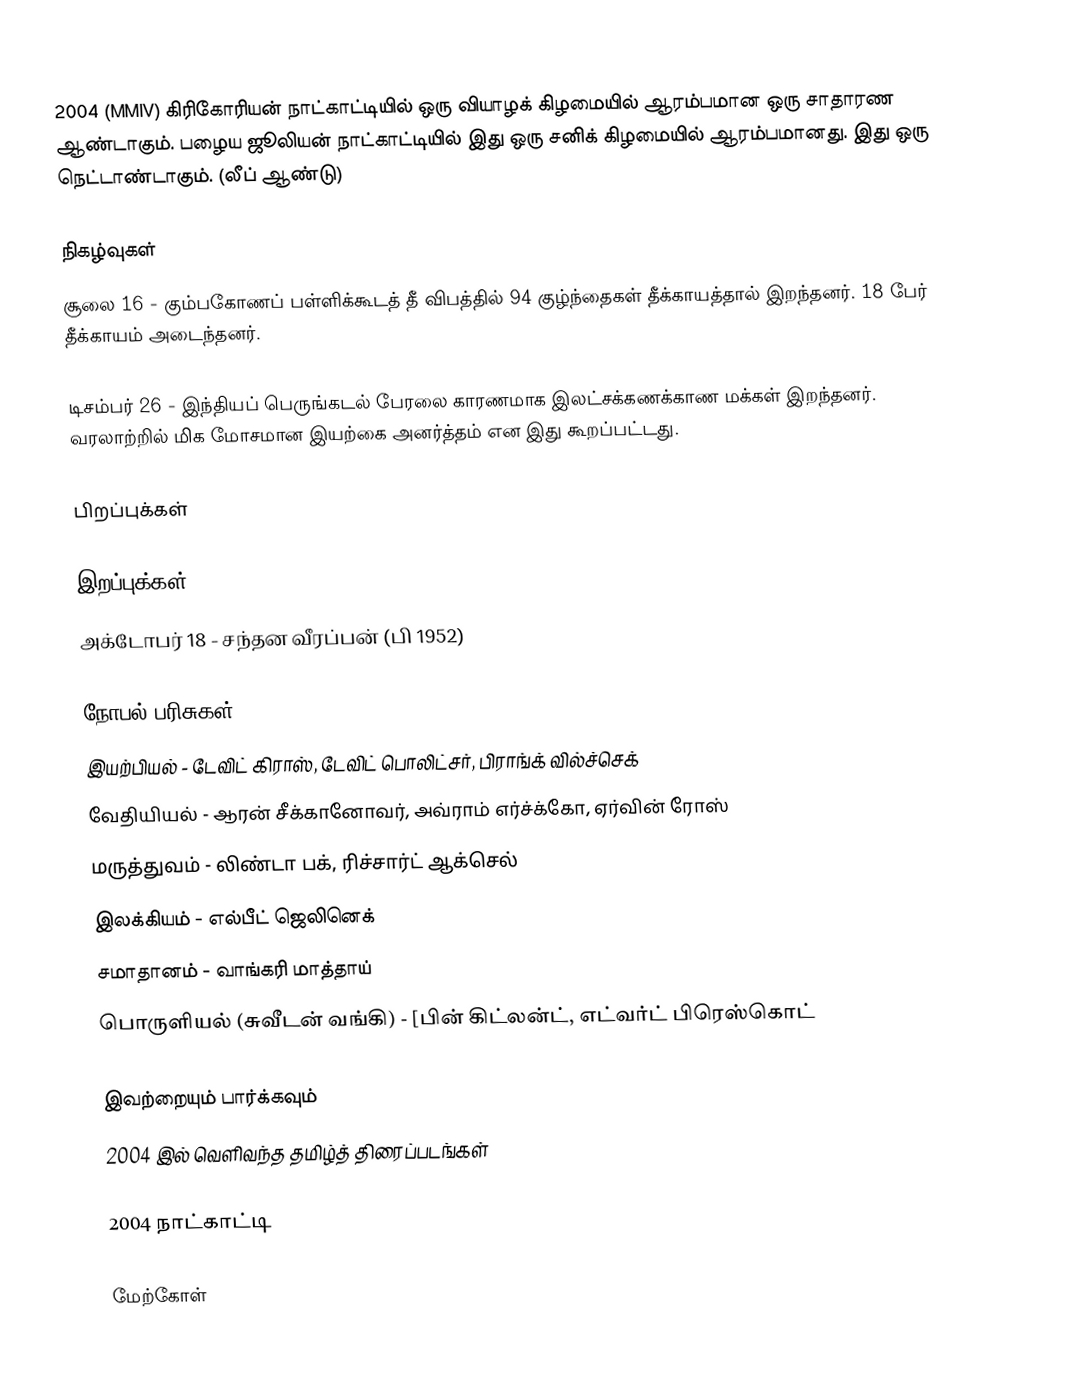
2004 (MMIV) கிரிகோரியன் நாட்காட்டியில் ஒரு வியாழக் கிழமையில் ஆரம்பமான ஒரு சாதாரண ஆண்டாகும். பழைய ஜூலியன் நாட்காட்டியில் இது ஒரு சனிக் கிழமையில் ஆரம்பமானது. இது ஒரு நெட்டாண்டாகும். (லீப் ஆண்டு)

நிகழ்வுகள்
 சூலை 16 - கும்பகோணப் பள்ளிக்கூடத் தீ விபத்தில் 94 குழ்ந்தைகள் தீக்காயத்தால் இறந்தனர். 18 பேர் தீக்காயம் அடைந்தனர்.

 டிசம்பர் 26 - இந்தியப் பெருங்கடல் பேரலை காரணமாக இலட்சக்கணக்காண மக்கள் இறந்தனர். வரலாற்றில் மிக மோசமான இயற்கை அனர்த்தம் என இது கூறப்பட்டது.

பிறப்புக்கள்

இறப்புக்கள்
 அக்டோபர் 18 - சந்தன வீரப்பன் (பி 1952)

நோபல் பரிசுகள்
 இயற்பியல் - டேவிட் கிராஸ், டேவிட் பொலிட்சர், பிராங்க் வில்ச்செக்
 வேதியியல் - ஆரன் சீக்கானோவர், அவ்ராம் எர்ச்க்கோ, ஏர்வின் ரோஸ்
 மருத்துவம் - லிண்டா பக், ரிச்சார்ட் ஆக்செல்
 இலக்கியம் - எல்பீட் ஜெலினெக்
 சமாதானம் - வாங்கரி மாத்தாய்
 பொருளியல் (சுவீடன் வங்கி) - [பின் கிட்லன்ட், எட்வர்ட் பிரெஸ்கொட்

இவற்றையும் பார்க்கவும்
 2004 இல் வெளிவந்த தமிழ்த் திரைப்படங்கள்

2004 நாட்காட்டி

மேற்கோள்